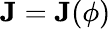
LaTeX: \mathbf{J}=\mathbf{J}(\phi)